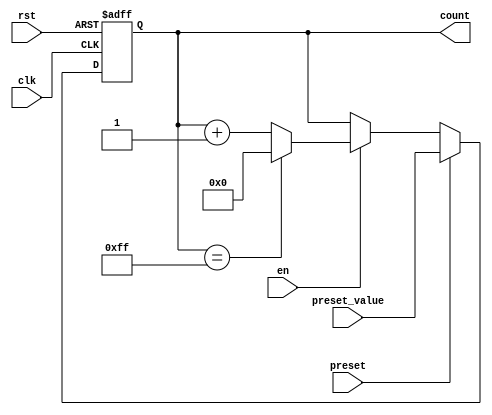
module presettable_counter #(
    parameter WIDTH = 8  // Define the bit-width of the counter
)(
    input wire clk,                 // Clock signal
    input wire rst,                 // Asynchronous reset
    input wire preset,              // Preset control signal
    input wire [WIDTH-1:0] preset_value, // Value to preset the counter
    input wire en,                  // Enable signal
    output reg [WIDTH-1:0] count    // Current counter value
);

    // Asynchronous reset and preset logic
    always @(posedge clk or posedge rst) begin
        if (rst) begin
            count <= 0; // Reset the counter to zero
        end else if (preset) begin
            count <= preset_value; // Load the preset value into the counter
        end else if (en) begin
            // Increment the counter with wrap-around
            count <= (count == {WIDTH{1'b1}}) ? 0 : count + 1;
        end
        // If enable is low, the counter holds its value
    end

endmodule